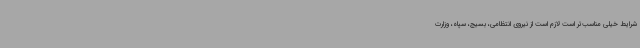
شرایط خیلی مناسب‌تر است لازم است از نیروی انتظامی، بسیج، سپاه، وزارت